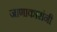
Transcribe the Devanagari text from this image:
जाणाकारांनी